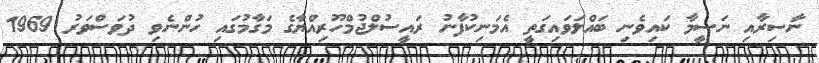
ނާސިރާއި ނަސީމާ ކައިވެނި ބައްލަވައިގަތީ އެމަނިކުފާނު ރައީސުލްޖުމްހޫރިއްޔާގެ މަގާމުގައި ހުންނެވި ދުވަސްވަރު 1969